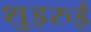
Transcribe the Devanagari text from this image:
शुइरुई